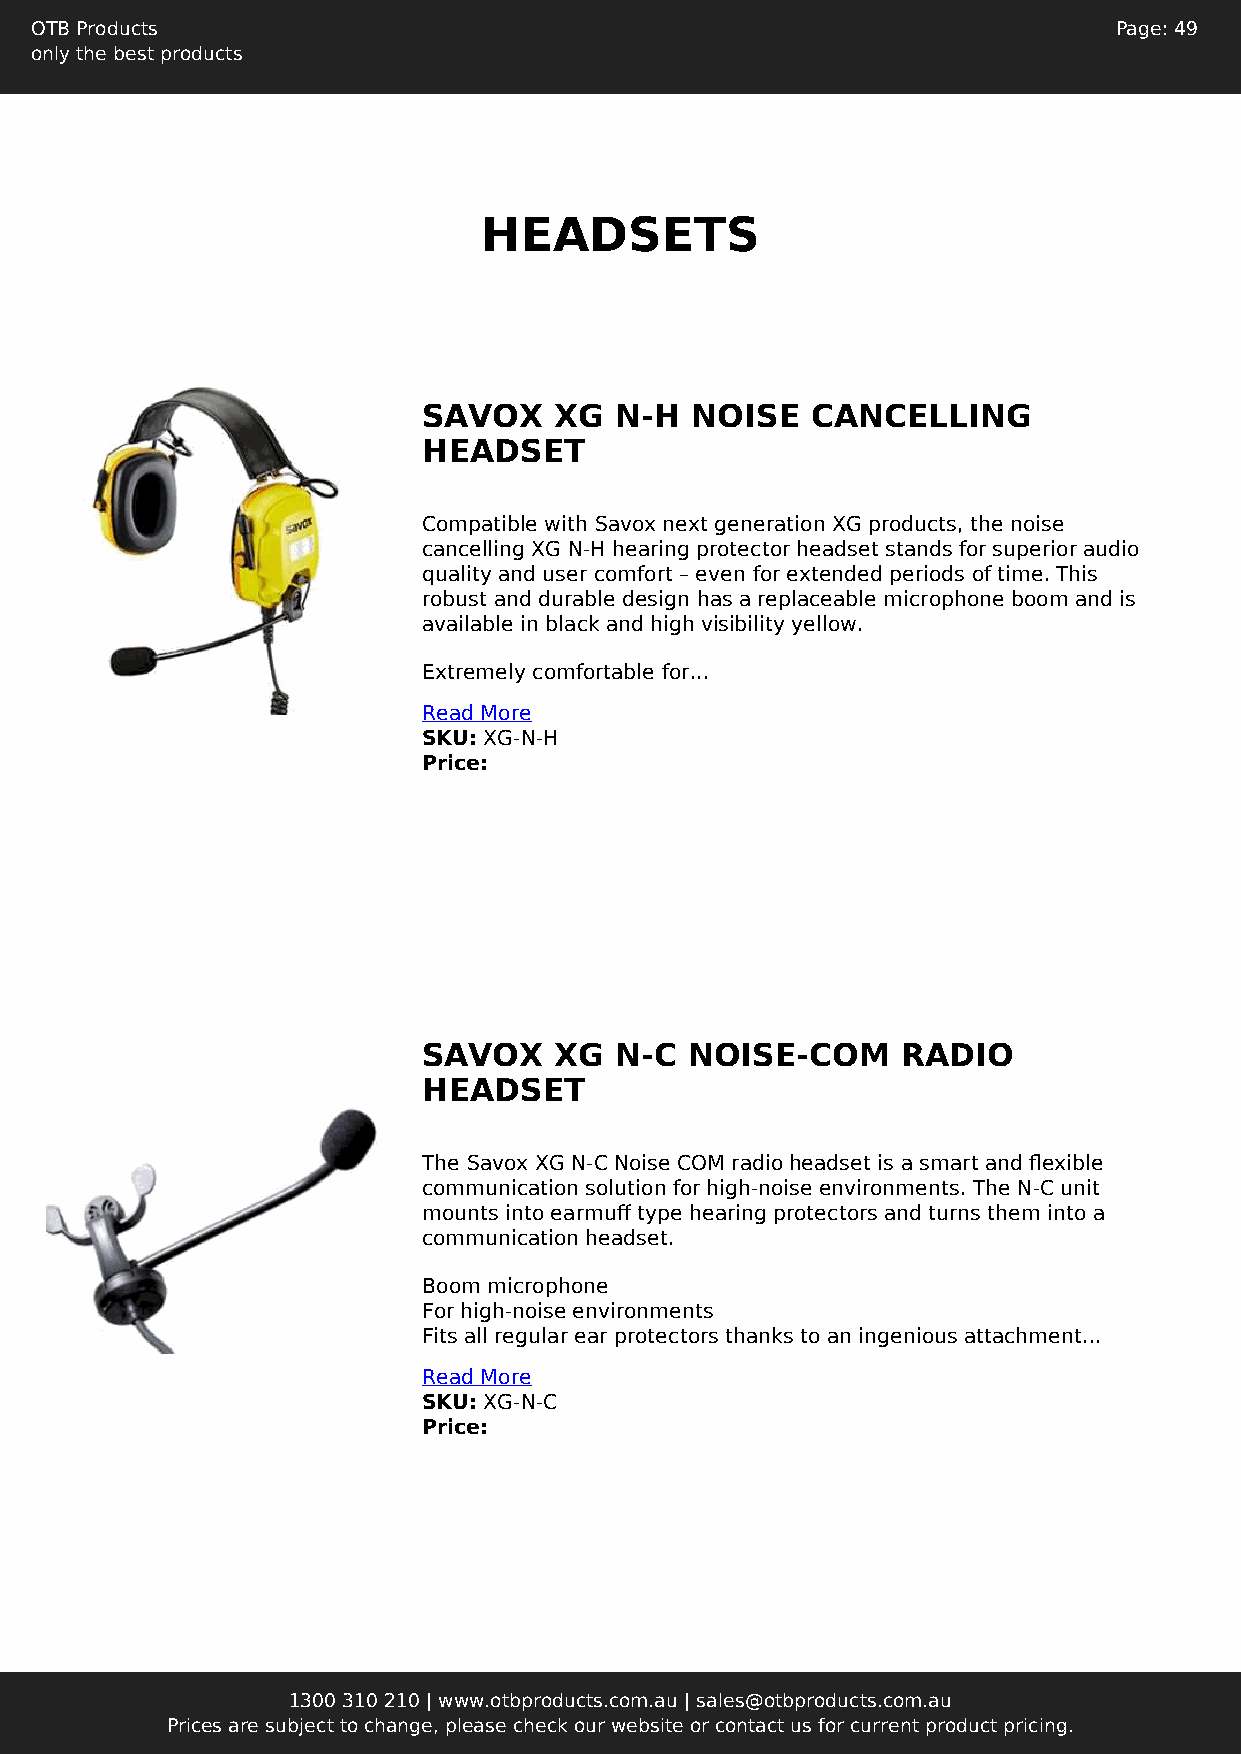
OTB Products                                                            Page: 49
 only the best products
 HEADSETS
 SAVOX    XG  N-H  NOISE   CANCELLING
 HEADSET
 Compatible with Savox next generation XG products, the noise
 cancelling XG N-H hearing protector headset stands for superior audio
 quality and user comfort – even for extended periods of time. This
 robust and durable design has a replaceable microphone boom and is
 available in black and high visibility yellow.
 Extremely comfortable for...
 Read More
 SKU: XG-N-H
 Price:
 SAVOX    XG  N-C  NOISE-COM     RADIO
 HEADSET
 The Savox XG N-C Noise COM radio headset is a smart and flexible
 communication solution for high-noise environments. The N-C unit
 mounts into earmuff type hearing protectors and turns them into a
 communication headset.
 Boom microphone
 For high-noise environments
 Fits all regular ear protectors thanks to an ingenious attachment...
 Read More
 SKU: XG-N-C
 Price:
 1300 310 210 | www.otbproducts.com.au | sales@otbproducts.com.au
 Prices are subject to change, please check our website or contact us for current product pricing.